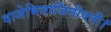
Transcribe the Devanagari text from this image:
वाजेभिवार्जिनीवती।